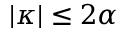
| \kappa | \leq 2 \alpha